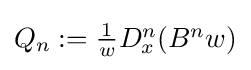
{\textstyle Q_{n}:={\frac {1}{w}}D_{x}^{n}(B^{n}w)}